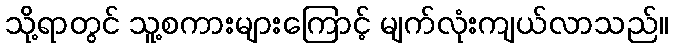
သို့ရာတွင် သူ့စကားများကြောင့် မျက်လုံးကျယ်လာသည်။